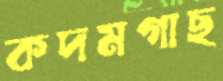
কদমগাছ